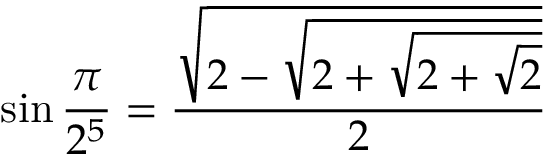
\sin { \frac { \pi } { 2 ^ { 5 } } } = { \frac { \sqrt { 2 - { \sqrt { 2 + { \sqrt { 2 + { \sqrt { 2 } } } } } } } } { 2 } }